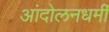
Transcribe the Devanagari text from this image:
आंदोलनधर्मी